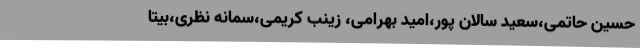
حسین حاتمی،سعید سالان پور،امید بهرامی، زینب کریمی،سمانه نظری،بیتا